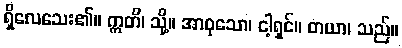
ရှိလေသေး၏။ ဣတိ၊ သို့။ အာဝုသော၊ ငါ့ရှင်။ တယာ၊ သည်။